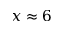
x \approx 6